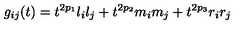
g _ { i j } ( t ) = t ^ { 2 p _ { 1 } } l _ { i } l _ { j } + t ^ { 2 p _ { 2 } } m _ { i } m _ { j } + t ^ { 2 p _ { 3 } } r _ { i } r _ { j }